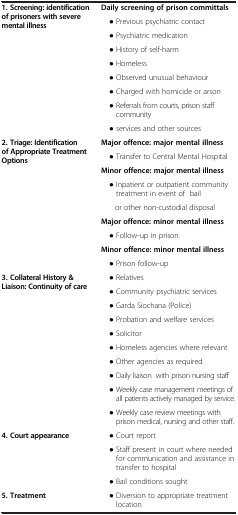
<table><thead><tr><td><b> </b></td><td><b> </b></td></tr></thead><tbody><tr><td rowspan="9"><b>1. Screening: identification of prisoners with severe mental illness</b></td><td><b>Daily screening of prison committals</b></td></tr><tr><td> ● Previous psychiatric contact</td></tr><tr><td> ● Psychiatric medication</td></tr><tr><td> ● History of self-harm</td></tr><tr><td> ● Homeless</td></tr><tr><td> ● Observed unusual behaviour</td></tr><tr><td> ● Charged with homicide or arson</td></tr><tr><td> ● Referrals from courts, prison staff community</td></tr><tr><td> ● services and other sources</td></tr><tr><td rowspan="9"><b>2. Triage: Identification of Appropriate Treatment Options</b></td><td><b>Major offence: major mental illness</b></td></tr><tr><td> ● Transfer to Central Mental Hospital</td></tr><tr><td><b>Minor offence: major mental illness</b></td></tr><tr><td> ● Inpatient or outpatient community treatment in event of bail</td></tr><tr><td>or other non-custodial disposal</td></tr><tr><td><b>Major offence: minor mental illness</b></td></tr><tr><td> ● Follow-up in prison</td></tr><tr><td><b>Minor offence: minor mental illness</b></td></tr><tr><td> ● Prison follow-up</td></tr><tr><td rowspan="10"><b>3. Collateral History &amp; Liaison: Continuity of care</b></td><td> ● Relatives</td></tr><tr><td> ● Community psychiatric services</td></tr><tr><td> ● Garda Siochana (Police)</td></tr><tr><td> ● Probation and welfare services</td></tr><tr><td> ● Solicitor</td></tr><tr><td> ● Homeless agencies where relevant</td></tr><tr><td> ● Other agencies as required</td></tr><tr><td> ● Daily liaison with prison nursing staff</td></tr><tr><td> ● Weekly case management meetings of all patients actively managed by service.</td></tr><tr><td> ● Weekly case review meetings with prison medical, nursing and other staff.</td></tr><tr><td rowspan="3"><b>4. Court appearance</b></td><td> ● Court report</td></tr><tr><td> ● Staff present in court where needed for communication and assistance in transfer to hospital</td></tr><tr><td> ● Bail conditions sought</td></tr><tr><td><b>5. Treatment</b></td><td> ● Diversion to appropriate treatment location</td></tr></tbody></table>